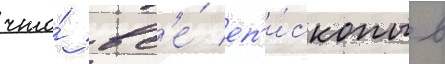
что́ вс'е́ еп'и́скопы в